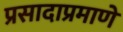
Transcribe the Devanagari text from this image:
प्रसादाप्रमाणे